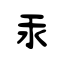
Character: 汞